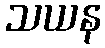
သယန